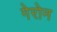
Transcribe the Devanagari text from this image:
गेरोन